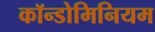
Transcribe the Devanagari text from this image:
कॉन्डोमिनियम